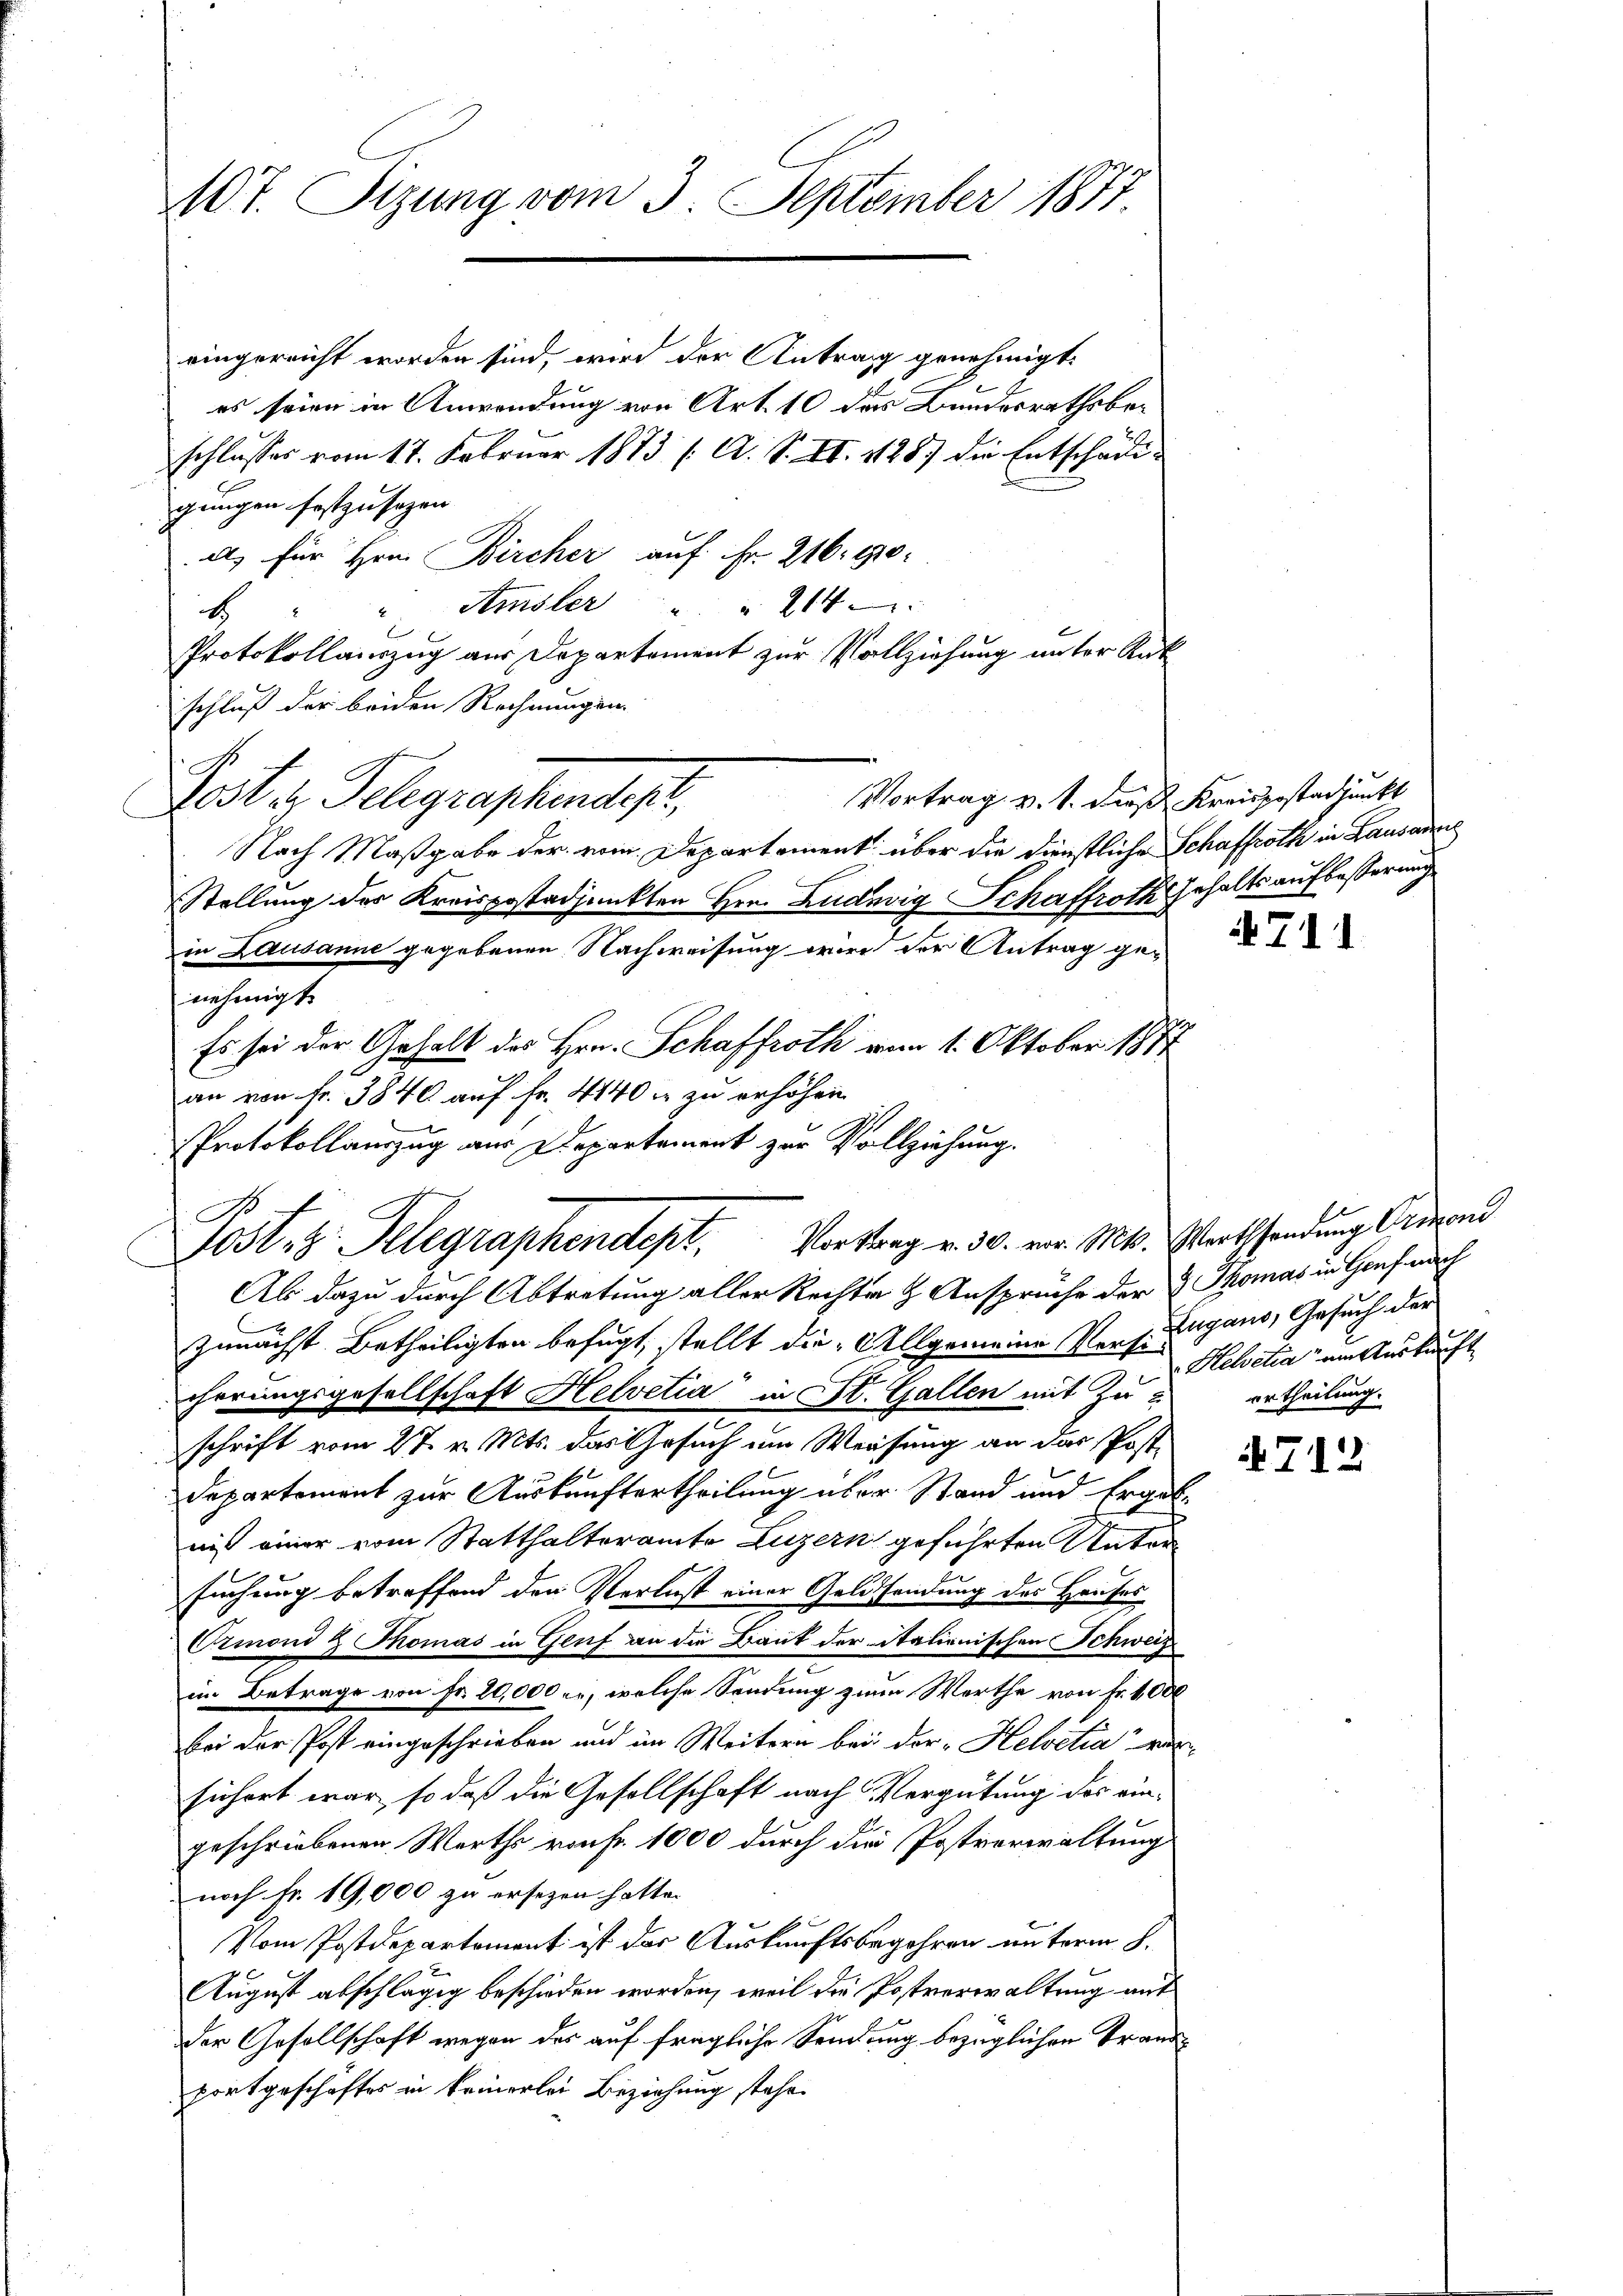
407. Sizung vom 3. September 1877.

eingereicht worden sind, wird der Antrag genehmigt.
es seien in Anwendung von Art. 10 des Bundesrathsbeschlusses vom 17. Februar 1883 (A. S. XI. 1887 die Entschädigungen festzusagen |
al) für Hrn. Bircher auf Fr. 216. 80.
"Amsler " " 214
b
Protokollauszug aus Departement zur Vollziehung unter Rück
schluß der beiden Rechnungen
Post in Telegraphendep
Nach Maßgabe der vom Departement über die Dienstliche Schaffroth in Lausanne
Stellung des Kreispostadjunkten Hrn. Ludwig Schaffroth Gehalts aufbesserung
in Lausanne gegebenen Nachweisung wird der Antrag genehmigt.
Es sei der Gehalt des Hrn. Schaffroth vom 1. Oktober 1877
Ab dazu durch Abtretung aller Rechte & Anspruche der & Thomas in Genf nach
zunächst Betheiligten befugt, stellt die Allgemeine Pers. Zugano, Gesuch der
cherungsgesellschaft Helvetia in St. Gallen mit Zuschrift vom 27. v. Mts. das Gesuch um Weisung an das Post¬
Departement zur Auskunftertheilung über Stand und Ergebnis einer vom Statthalteramte Luzern geführten Natur
suchung betreffend den Verlust einer Geldsendung des Hauses
Ormond Thomas in Genf an die Baut der italienischen Schweiz
in Betrage von Fr. 80,000 er, welche Sendung zum Werthe von Fr. 1000
bei der Post eingeschrieben und im Weitern bei der Helvetia ver-
sichert war, so daß die Gesellschaft nach Vergütung des eingeschriebenen Werths von Fr. 1000 durch die Postverwaltung
noch Fr. 19,000 zu ersezen hatte.
Vom Postdepartement ist der Auskunftsbegehren unterm 8.
August abschlägig beschieden worden, weil die Postverwaltung auf
der Gesellschaft wegen des auf fragliche Sendung bezüglichen Trandportgeschaftes in keinerlei Beziehung stehe.

.

Vortrag v. 1. dies Kreispostadjunkt

an von Fr. 3840 auf Fr. 4140 f zu erhöhen
Protokollauszug aus Departement zur Vollziehung.
Jost, z. Telegraphendept, Vortrag v. 30. vor. Mts. Wirtshandung Ormoni

711

A12

Helvetia am Auskunft
urtheilung.